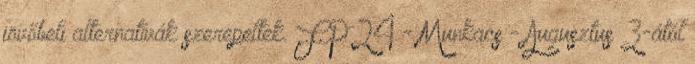
jövőbeli alternatívák szerepeltek. FP24 - Munkacs - Augusztus 3-ától